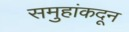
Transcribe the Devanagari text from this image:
समुहांकदून